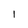
Character: 1